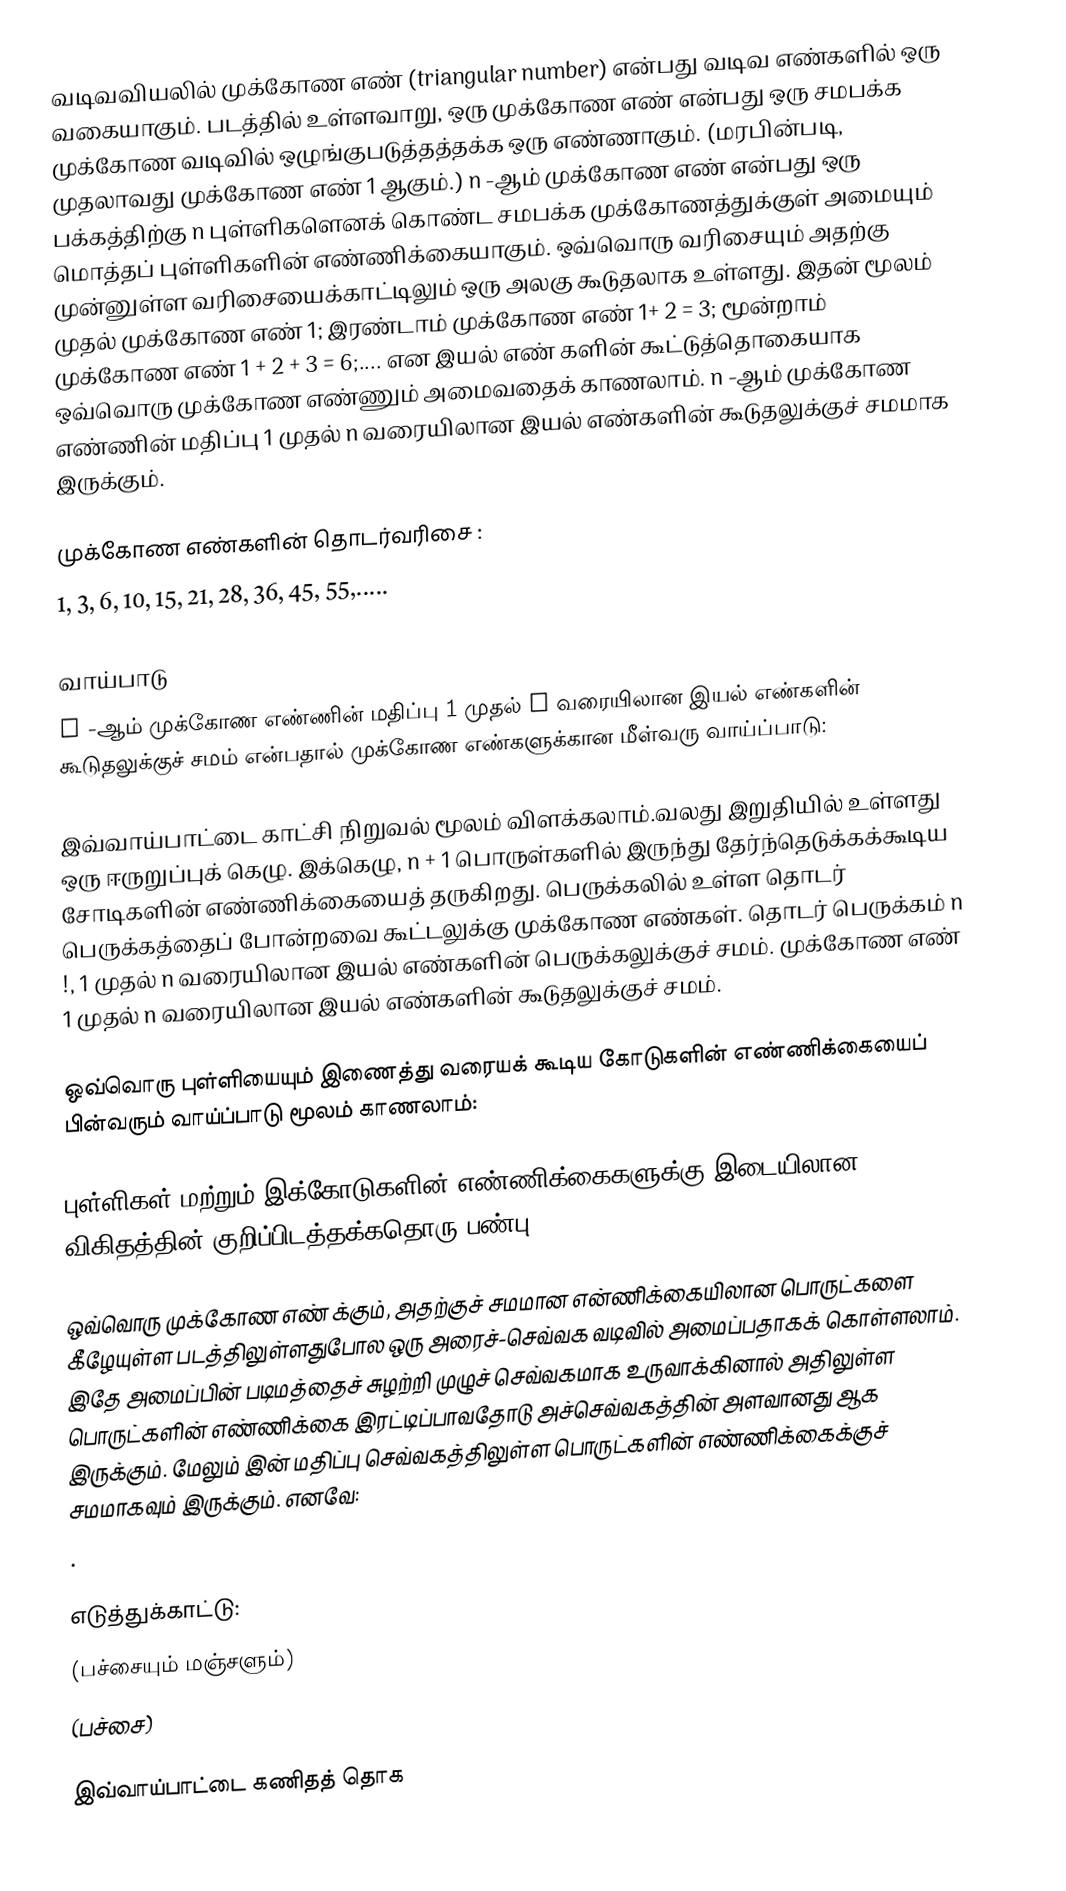
வடிவவியலில் முக்கோண எண் (triangular number) என்பது வடிவ எண்களில் ஒரு வகையாகும். படத்தில் உள்ளவாறு, ஒரு முக்கோண எண் என்பது ஒரு சமபக்க முக்கோண வடிவில் ஒழுங்குபடுத்தத்தக்க ஒரு எண்ணாகும். (மரபின்படி, முதலாவது முக்கோண எண் 1 ஆகும்.) n -ஆம் முக்கோண எண் என்பது ஒரு பக்கத்திற்கு n  புள்ளிகளெனக் கொண்ட சமபக்க முக்கோணத்துக்குள் அமையும் மொத்தப் புள்ளிகளின் எண்ணிக்கையாகும். ஒவ்வொரு வரிசையும் அதற்கு முன்னுள்ள வரிசையைக்காட்டிலும் ஒரு அலகு கூடுதலாக உள்ளது. இதன் மூலம் முதல்  முக்கோண எண் 1; இரண்டாம் முக்கோண எண் 1+ 2 = 3; மூன்றாம் முக்கோண எண் 1 + 2 + 3 = 6;.... என இயல் எண் களின் கூட்டுத்தொகையாக ஒவ்வொரு முக்கோண எண்ணும் அமைவதைக் காணலாம். n -ஆம் முக்கோண எண்ணின் மதிப்பு 1 முதல் n வரையிலான இயல் எண்களின் கூடுதலுக்குச் சமமாக இருக்கும்.

முக்கோண எண்களின் தொடர்வரிசை :
 1, 3, 6, 10, 15, 21, 28, 36, 45, 55,.....

வாய்பாடு
n -ஆம் முக்கோண எண்ணின் மதிப்பு 1 முதல் n வரையிலான இயல் எண்களின் கூடுதலுக்குச் சமம் என்பதால் முக்கோண எண்களுக்கான மீள்வரு வாய்ப்பாடு:

இவ்வாய்பாட்டை காட்சி நிறுவல் மூலம் விளக்கலாம்.வலது இறுதியில் உள்ளது ஒரு ஈருறுப்புக் கெழு. இக்கெழு, n + 1 பொருள்களில் இருந்து தேர்ந்தெடுக்கக்கூடிய சோடிகளின்  எண்ணிக்கையைத் தருகிறது. பெருக்கலில் உள்ள தொடர் பெருக்கத்தைப் போன்றவை கூட்டலுக்கு முக்கோண எண்கள்.  தொடர் பெருக்கம் n !, 1 முதல் n  வரையிலான இயல் எண்களின் பெருக்கலுக்குச் சமம். முக்கோண எண்   1 முதல் n வரையிலான இயல் எண்களின் கூடுதலுக்குச் சமம்.

ஒவ்வொரு புள்ளியையும் இணைத்து வரையக் கூடிய கோடுகளின் எண்ணிக்கையைப் பின்வரும் வாய்ப்பாடு மூலம் காணலாம்:

புள்ளிகள் மற்றும் இக்கோடுகளின் எண்ணிக்கைகளுக்கு இடையிலான விகிதத்தின் குறிப்பிடத்தக்கதொரு பண்பு:

ஒவ்வொரு முக்கோண எண்  க்கும், அதற்குச் சமமான என்ணிக்கையிலான பொருட்களை கீழேயுள்ள படத்திலுள்ளதுபோல ஒரு அரைச்-செவ்வக வடிவில் அமைப்பதாகக் கொள்ளலாம். இதே அமைப்பின் படிமத்தைச் சுழற்றி முழுச் செவ்வகமாக உருவாக்கினால் அதிலுள்ள பொருட்களின் எண்ணிக்கை இரட்டிப்பாவதோடு அச்செவ்வகத்தின் அளவானது  ஆக இருக்கும். மேலும்  இன் மதிப்பு செவ்வகத்திலுள்ள பொருட்களின் எண்ணிக்கைக்குச் சமமாகவும் இருக்கும். எனவே:
 .

எடுத்துக்காட்டு:
 (பச்சையும் மஞ்சளும்)
 (பச்சை)

இவ்வாய்பாட்டை கணிதத் தொக